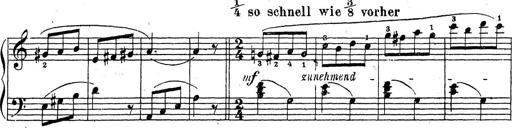
Title: 10 Sonatinas
Composer: Fritz Spindler